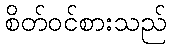
စိတ်ဝင်စားသည်